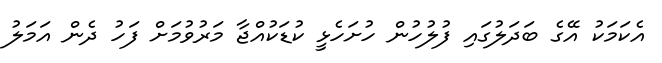
އެކަމަކު އޭގެ ބަދަލުގައި ފުލުހުން ހުށަހެޅީ ކުޑަކުއްޖާ މަރުވުމަށް ފަހު ދެން އަމަލު